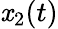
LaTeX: \mathit{x}_{2}(t)